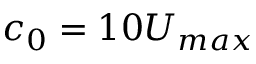
c _ { 0 } = 1 0 U _ { m a x }